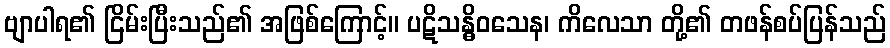
ဗျာပါရ၏ ငြိမ်းပြီးသည်၏ အဖြစ်ကြောင့်။ ပဋိသန္ဓိဝသေန၊ ကိလေသာ တို့၏ တဖန်စပ်ပြန်သည်